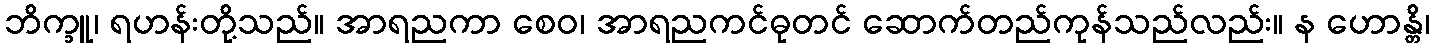
ဘိက္ခူ၊ ရဟန်းတို့သည်။ အာရညကာ စေဝ၊ အာရညကင်ဓုတင် ဆောက်တည်ကုန်သည်လည်း။ န ဟောန္တိ၊